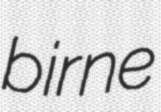
birne